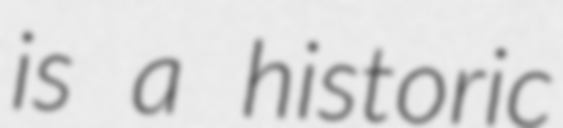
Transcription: is a historic